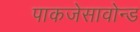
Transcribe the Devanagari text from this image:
पाकजेसावोन्ड